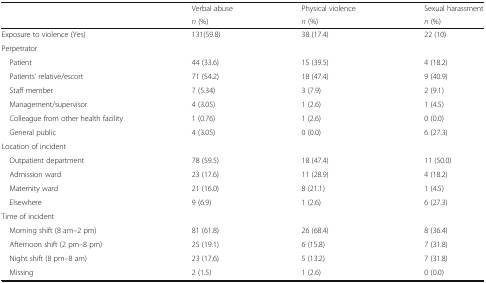
<table><thead><tr><td rowspan="2">[EMPTY_CELL]</td><td><b>Verbal abuse</b></td><td><b>Physical violence</b></td><td><b>Sexual harassment</b></td></tr><tr><td><b><i>n</i> (%)</b></td><td><b><i>n</i> (%)</b></td><td><b><i>n</i> (%)</b></td></tr></thead><tbody><tr><td>Exposure to violence (Yes)</td><td>131(59.8)</td><td>38 (17.4)</td><td>22 (10)</td></tr><tr><td colspan="4">Perpetrator</td></tr><tr><td> Patient</td><td>44 (33.6)</td><td>15 (39.5)</td><td>4 (18.2)</td></tr><tr><td> Patients’ relative/escort</td><td>71 (54.2)</td><td>18 (47.4)</td><td>9 (40.9)</td></tr><tr><td> Staff member</td><td>7 (5.34)</td><td>3 (7.9)</td><td>2 (9.1)</td></tr><tr><td> Management/supervisor</td><td>4 (3.05)</td><td>1 (2.6)</td><td>1 (4.5)</td></tr><tr><td> Colleague from other health facility</td><td>1 (0.76)</td><td>1 (2.6)</td><td>0 (0.0)</td></tr><tr><td> General public</td><td>4 (3.05)</td><td>0 (0.0)</td><td>6 (27.3)</td></tr><tr><td colspan="4">Location of incident</td></tr><tr><td> Outpatient department</td><td>78 (59.5)</td><td>18 (47.4)</td><td>11 (50.0)</td></tr><tr><td> Admission ward</td><td>23 (17.6)</td><td>11 (28.9)</td><td>4 (18.2)</td></tr><tr><td> Maternity ward</td><td>21 (16.0)</td><td>8 (21.1)</td><td>1 (4.5)</td></tr><tr><td> Elsewhere</td><td>9 (6.9)</td><td>1 (2.6)</td><td>6 (27.3)</td></tr><tr><td colspan="4">Time of incident</td></tr><tr><td> Morning shift (8 am–2 pm)</td><td>81 (61.8)</td><td>26 (68.4)</td><td>8 (36.4)</td></tr><tr><td> Afternoon shift (2 pm–8 pm)</td><td>25 (19.1)</td><td>6 (15.8)</td><td>7 (31.8)</td></tr><tr><td> Night shift (8 pm–8 am)</td><td>23 (17.6)</td><td>5 (13.2)</td><td>7 (31.8)</td></tr><tr><td> Missing</td><td>2 (1.5)</td><td>1 (2.6)</td><td>0 (0.0)</td></tr></tbody></table>